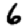
Digit: 6